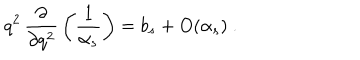
LaTeX: q ^ { 2 } \, \frac { \partial } { \partial q ^ { 2 } } \, \left( \frac { 1 } { \alpha _ { s } } \right) = b _ { s } + O ( \alpha _ { s } ) \ .